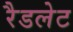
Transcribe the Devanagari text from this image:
रैडलेट